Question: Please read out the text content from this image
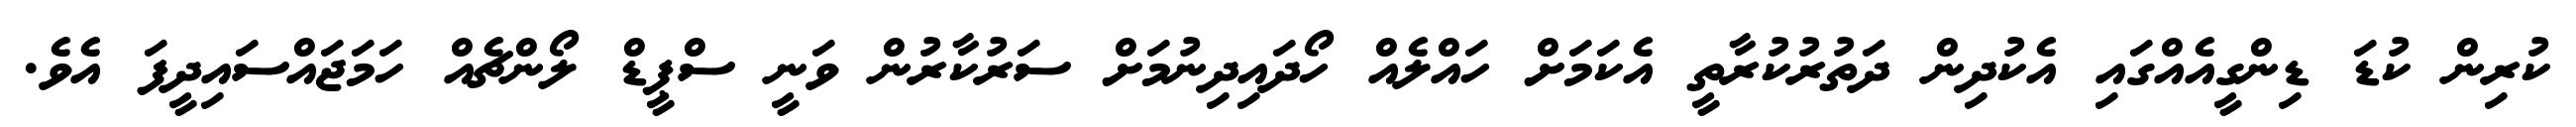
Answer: ކުރިން ކުޑަ ޑިންގީއެއްގައި އެކުދިން ދަތުރުކުރާތީ އެކަމަށް ހައްލެއް ހޯދައިދިނުމަށް ސަރުކާރުން ވަނީ ސްޕީޑް ލޯންޗެއް ހަމަޖައްސައިދީފަ އެވެ.